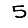
Digit: 5